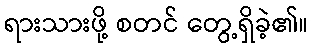
ရားသားဖို့ စတင် တွေ့ရှိခဲ့၏။